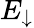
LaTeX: E_{\downarrow}